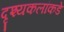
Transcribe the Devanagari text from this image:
दृश्यकलांकडे